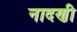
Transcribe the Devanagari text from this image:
नादणी